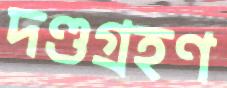
দণ্ডগ্রহণ